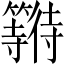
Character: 𱸯